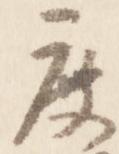
度